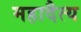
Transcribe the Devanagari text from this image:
महादैत्य